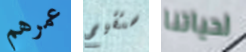
عمرهم ستقيم لحياتنا